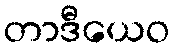
တာဒီယေဝ